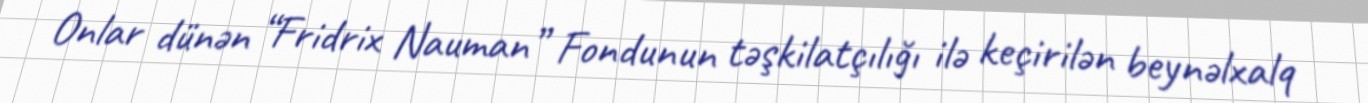
Onlar dünən “Fridrix Nauman” Fondunun təşkilatçılığı ilə keçirilən beynəlxalq